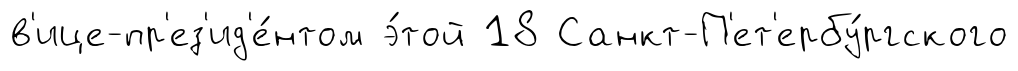
в'ице-пр'ез'ид'е́нтом э́той 18 Санкт-П'ет'ербу́ргского